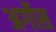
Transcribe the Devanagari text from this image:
अर्गोस